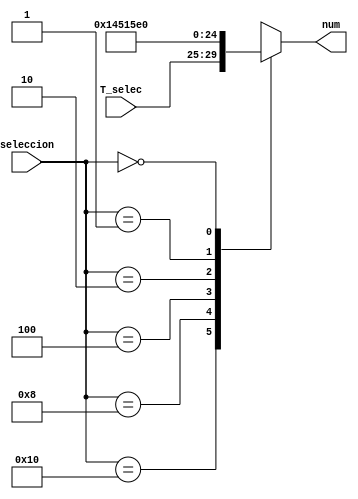
`timescale 1ns / 1ps

module Temporizador(
    input [4:0] T_selec,
    input [4:0] seleccion, 
    output reg [4:0] num
    );
    
    always @(seleccion)
        begin
            case(seleccion)
                5'b10000: num <= T_selec; //tiempo definido por boton
                5'b01000: num <= 20;  //Descongelar
                5'b00100: num <= 10; //Palomitas
                5'b00010: num <= 5; //Mantequilla
                5'b00001: num <= 15; //Pizza
                5'b00000: num <= 0; //Standby
                
                default : num = 5'bxxxxx;
            endcase
        end
endmodule